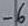
Text: -6